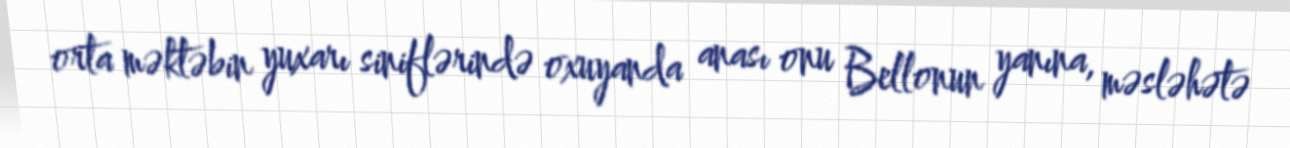
orta məktəbin yuxarı siniflərində oxuyanda anası onu Bellonun yanına, məsləhətə